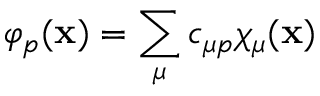
\varphi _ { p } ( { \bf { x } } ) = \sum _ { \mu } c _ { \mu p } \chi _ { \mu } ( { \bf { x } } )